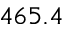
4 6 5 . 4